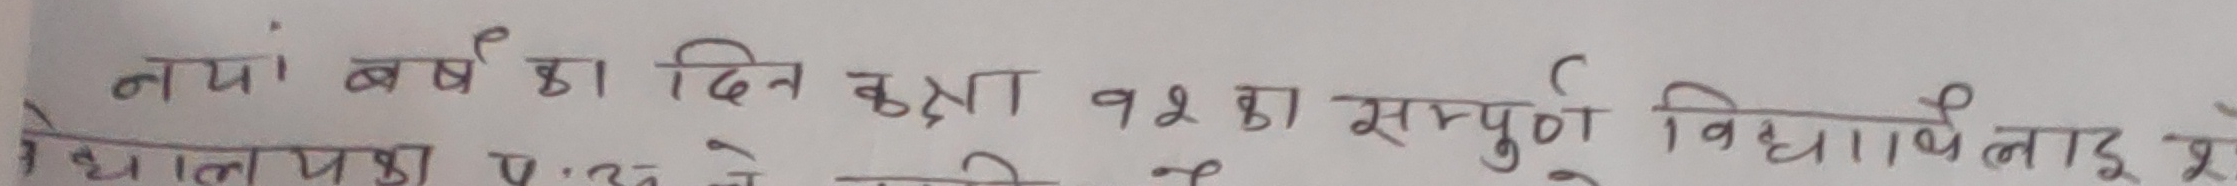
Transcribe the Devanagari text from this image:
नयां वर्षको दिन ठूलो १२का सम्पूर्ण विद्यार्थी लाई